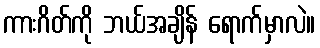
ကားဂိတ်ကို ဘယ်အချိန် ရောက်မှာလဲ။